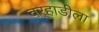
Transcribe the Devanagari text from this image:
वर्‍हाडीला